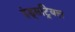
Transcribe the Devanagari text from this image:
इंड्सट्रियल